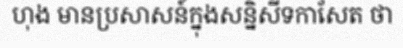
ហុង មានប្រសាសន៍ក្នុងសន្និសីទកាសែត ថា